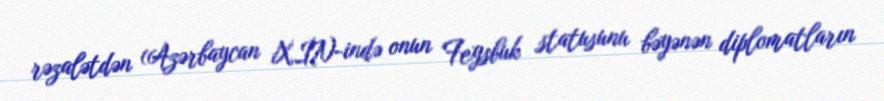
rəzalətdən (Azərbaycan XİN-ində onun Feysbuk statusunu bəyənən diplomatların